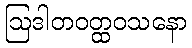
ဩဒါတဝတ္ထဝသနော